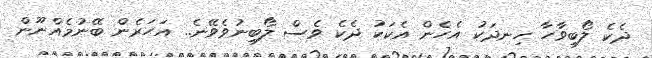
ދެކެ ލޯބިވާހާ ހިނދަކު އެހެން އެކަކު ދެކެ ވެސް ލޯބިނުވެވޭނެ.. އަހަރެން ބޭނުމެއްނޫން